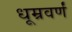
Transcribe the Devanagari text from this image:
धूम्रवर्णं